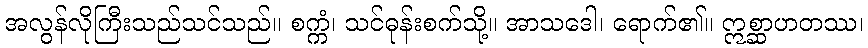
အလွန်လိုကြီးသည်သင်သည်။ စက္ကံ၊ သင်ဓုန်းစက်သို့။ အာသဒေါ၊ ရောက်၏။ ဣစ္ဆာဟတဿ၊